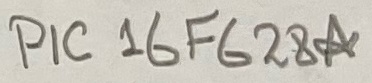
Text: PIC 16F628A